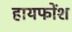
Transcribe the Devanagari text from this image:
हायफोंश